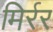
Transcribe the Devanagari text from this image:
मिर्रर